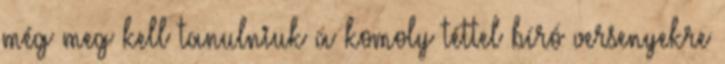
még meg kell tanulniuk a komoly téttel bíró versenyekre